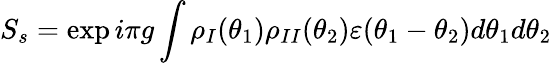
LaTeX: S_{s}=\exp i\pi g\int\rho_{I}(\theta_{1})\rho_{II}(\theta_{2})\varepsilon(\theta_{1}-\theta_{2})d\theta_{1}d\theta_{2}